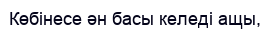
Көбінесе ән басы келеді ащы,